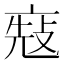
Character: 𠅬